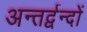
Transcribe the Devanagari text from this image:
अन्तर्द्वन्दों